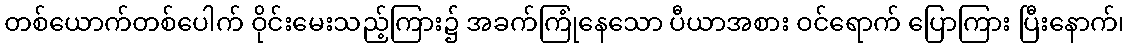
တစ်ယောက်တစ်ပေါက် ဝိုင်းမေးသည့်ကြား၌ အခက်ကြုံနေသော ပီယာအစား ဝင်ရောက် ပြောကြား ပြီးနောက်၊